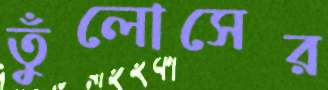
তুঁলোসের